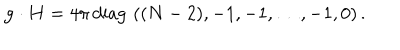
{ \bf g } \cdot { \bf H } = { 4 \pi } \, \mathrm { d i a g } \, \, ( ( N - 2 ) , - 1 , - 1 , \dots , - 1 , 0 ) \, .